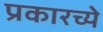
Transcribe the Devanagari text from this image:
प्रकारच्ये